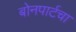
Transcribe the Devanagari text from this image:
बोनपार्टचा